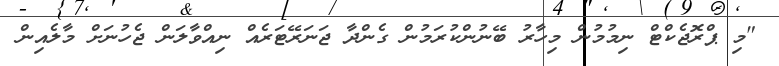
"މި ޕްރޮޖެކްޓް ނިމުމުން މިހާރު ބޭނުންކުރަމުން ގެންދާ ޖަނަރޭޓަރެއް ނިއްވާލަން ޖެހުނަށް މާލެއިން